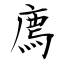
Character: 廌